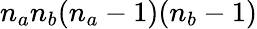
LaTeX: n_{a}n_{b}(n_{a}-1)(n_{b}-1)